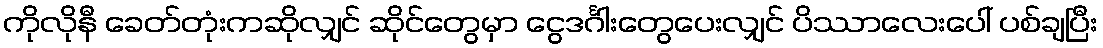
ကိုလိုနီ ခေတ်တုံးကဆိုလျှင် ဆိုင်တွေမှာ ငွေဒင်္ဂါးတွေပေးလျှင် ပိဿာလေးပေါ် ပစ်ချပြီး